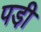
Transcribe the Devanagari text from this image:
पडी़